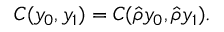
C ( y _ { 0 } , y _ { 1 } ) = C ( \hat { \rho } y _ { 0 } , \hat { \rho } y _ { 1 } ) .